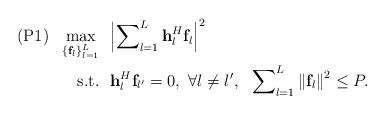
LaTeX: \begin{align*} \begin{aligned} \left( {{\rm{P1}}} \right)\ \ \mathop {\max }\limits_{\left\{ {{{\bf{f}}_l}} \right\}_{l = 1}^L} &\ \ {\Big| {\sum\nolimits_{l = 1}^L {{\bf{h}}_l^H{{\bf{f}}_l}} } \Big|^2}\\ {\rm{s.t.}}&\ \ {\bf{h}}_l^H{{\bf{f}}_{l'}} = 0,\ \forall l \ne l',\ \ \sum\nolimits_{l = 1}^L {{{\left\| {{{\bf{f}}_l}} \right\|}^2}} \le P. \end{aligned} \end{align*}